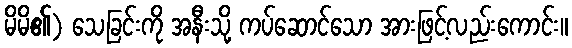
မိမိ၏) သေခြင်းကို အနီးသို့ ကပ်ဆောင်သော အားဖြင့်လည်းကောင်း။